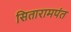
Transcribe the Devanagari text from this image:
सितारामपंत